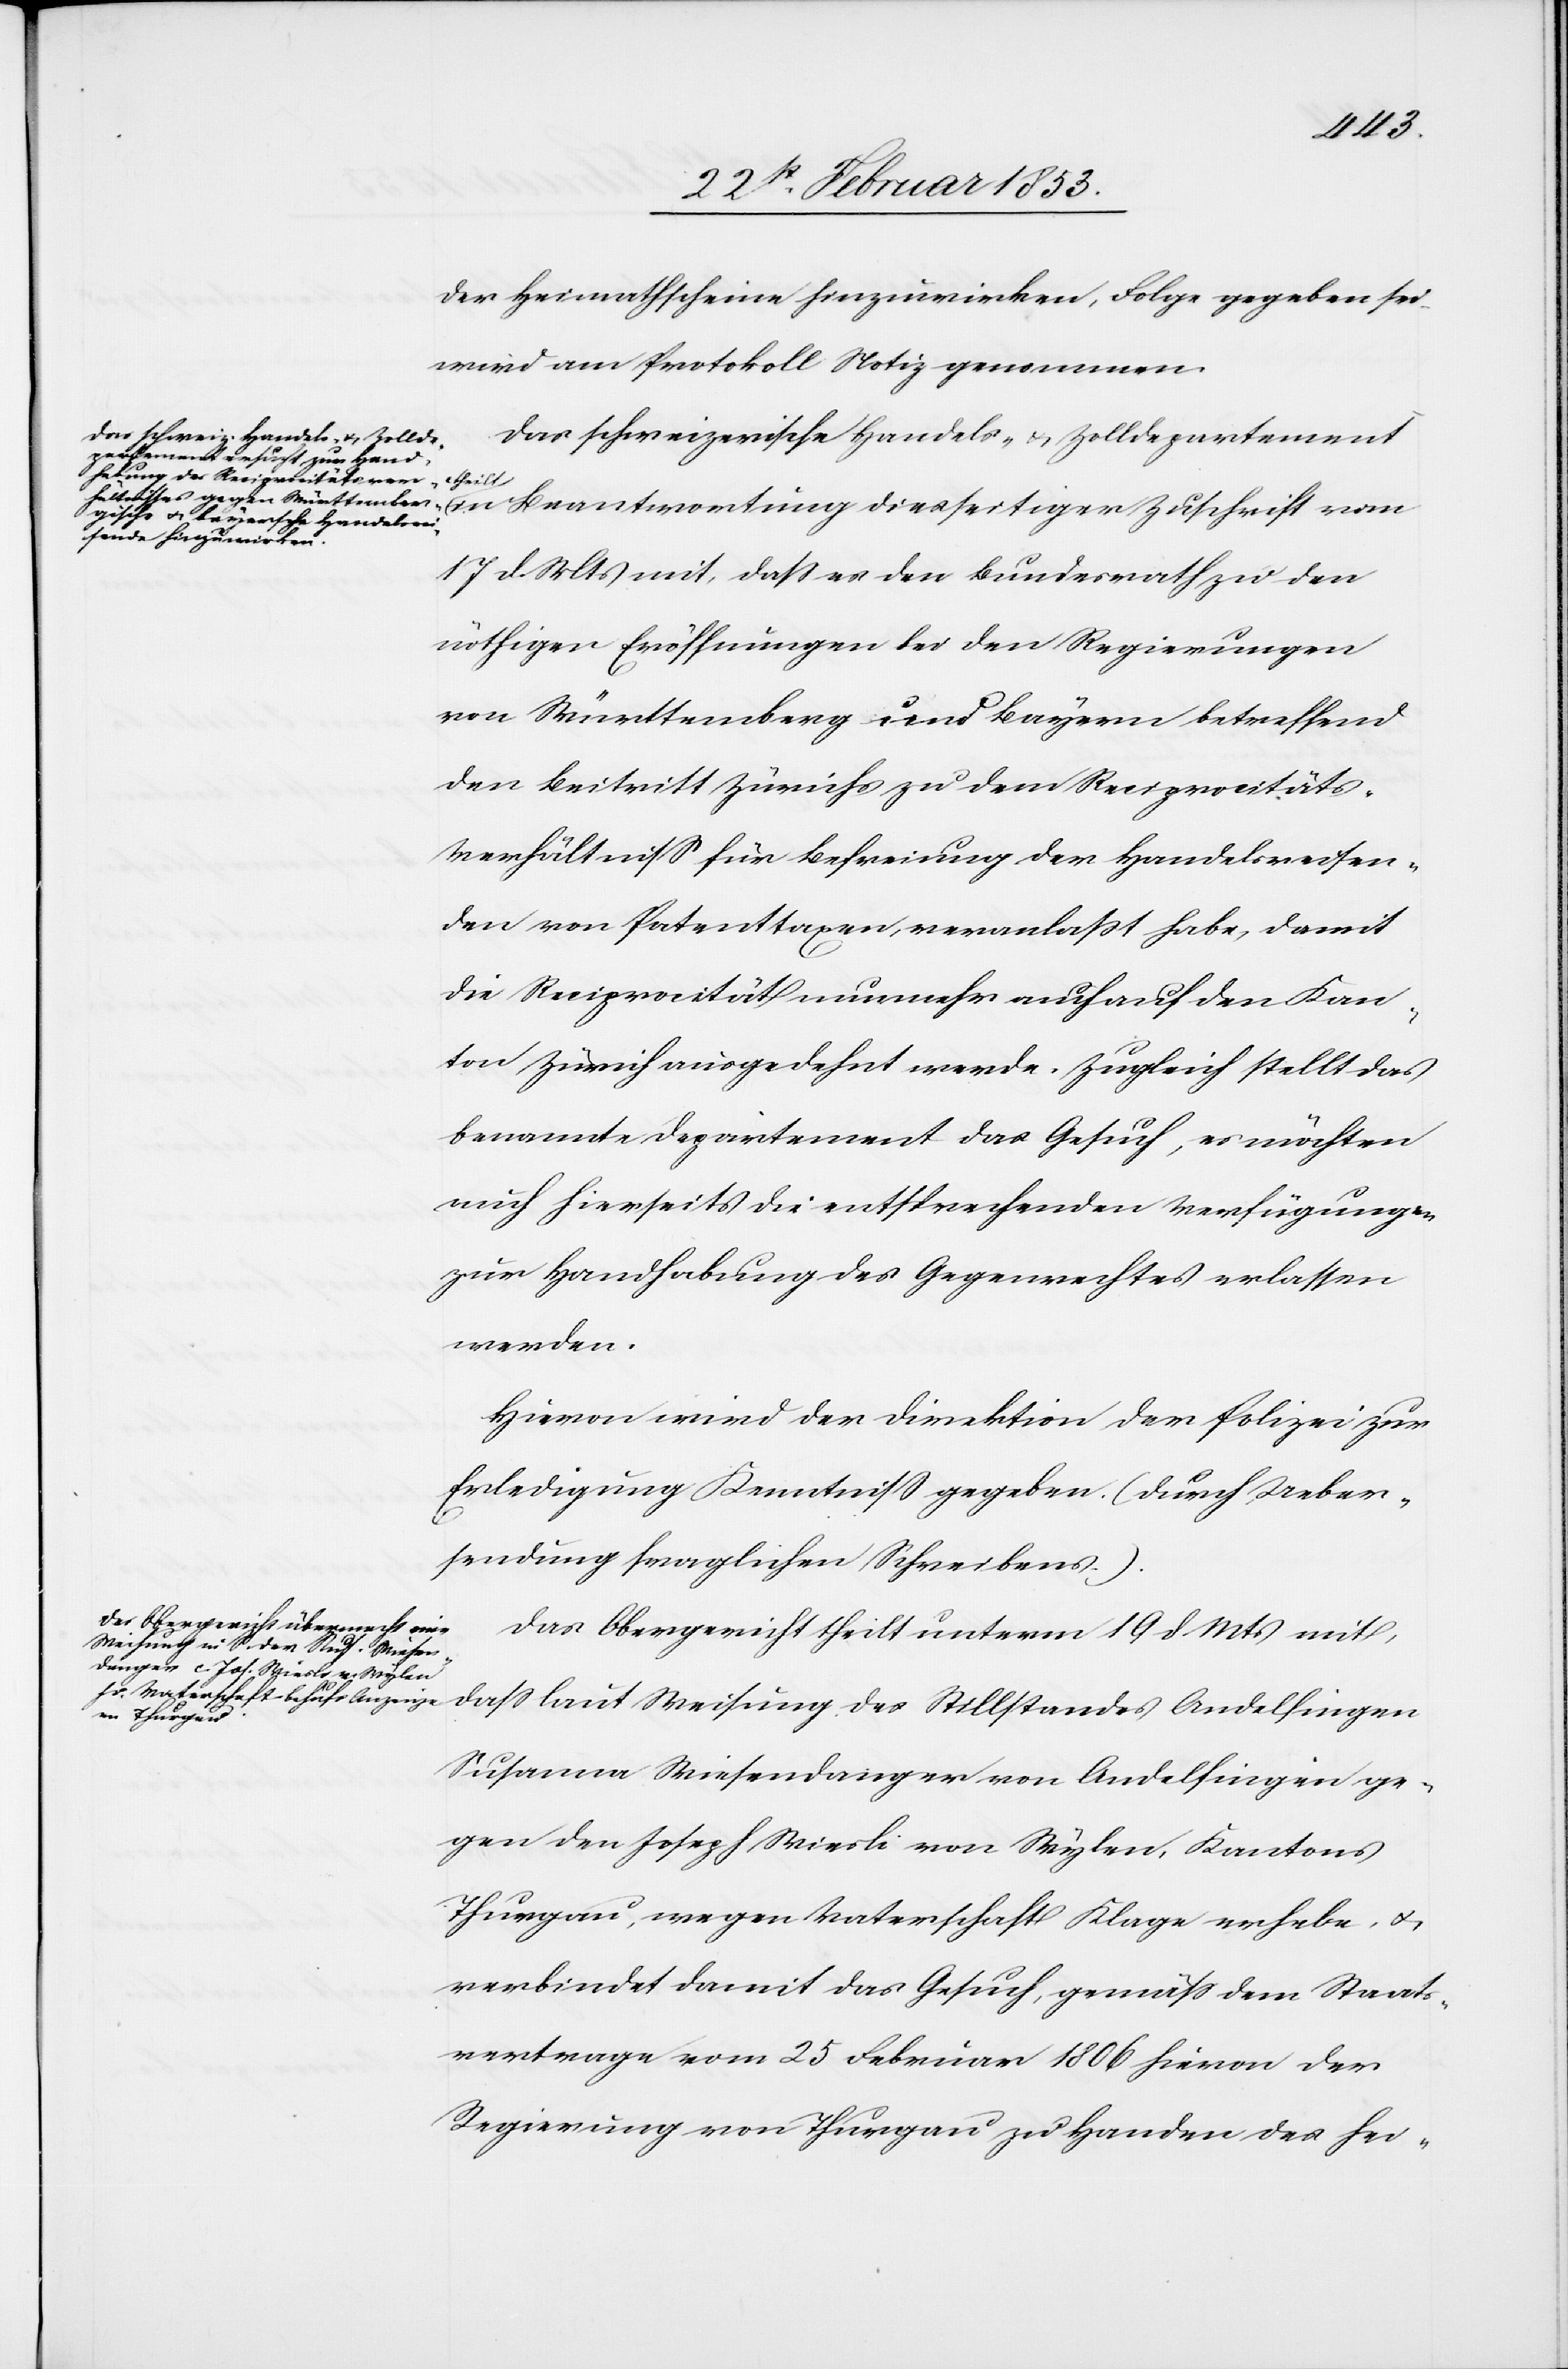
der Heimathscheine hinzuwirken, Folge gegeben sei
wird am Protokoll Notiz genommen.
Das schweizerische Handels- u. Zolldepartement
theilt
in Beantwortung diesseitiger Zuschrift vom
17 d. Mts. mit, daß er den Bundesrath zu den
nöthigen Eröffnungen bei den Regierungen
von Württemberg und Bayern betreffend
den Beitritt Zürichs zu dem Reciprocitäts-V¬
erhältniß für Befreiung der Handelsreisen¬
den von Patenttaxen, veranlaßt habe, damit
die Reciprocität nunmehr auch auf den Kan¬
ton Zürich ausgedehnt werde. Zugleich stellt das
benannte Departement das Gesuch, es möchten
auch hierseits die entsprechenden Verfügungen
zur Handhabung des Gegenrechtes erlassen
werden.
Hievon wird der Direktion der Polizei zur
Erledigung Kenntniß gegeben (durch Ueber¬
sendung fraglichen Schreibens).
Das Obergericht theilt unterm 19 d. Mts. mit,
daß laut Weisung des Stillstandes Andelfingen
Susanna Wiesendanger von Andelfingen ge¬
gen den Joseph Stierli von Wylen, Kantons
Thurgau, wegen Vaterschaft Klage erhebe u.
verbindet damit das Gesuch, gemäß dem Staats¬
vertrage vom 25 Februar 1806 hievon der
Regierung von Thurgau zu Handen des hei-